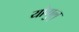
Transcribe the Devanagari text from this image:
योगुलु